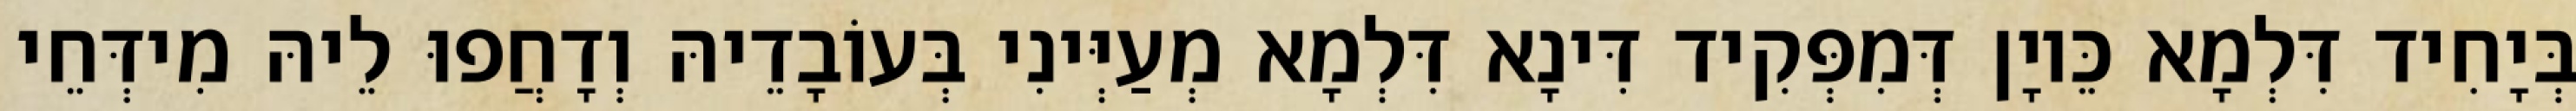
בְּיָחִיד דִּלְמָא כֵּיוָן דְּמִפְּקִיד דִּינָא דִּלְמָא מְעַיְּינִי בְּעוֹבָדֵיהּ וְדָחֲפוּ לֵיהּ מִידְּחֵי